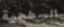
السطحية